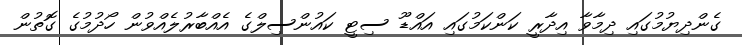
ގެންދިޔުމުގައި ދިމާވާ އިދާރީ ކަންކަމުގައި އައްޑޫ ސިޓީ ކައުންސިލްގެ އެއްބާރުލެއްވުން ހޯދުމުގެ ގޮތުން